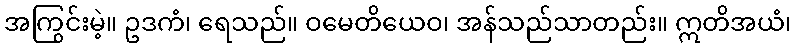
အကြွင်းမဲ့။ ဥဒကံ၊ ရေသည်။ ဝမေတိယေဝ၊ အန်သည်သာတည်း။ ဣတိအယံ၊